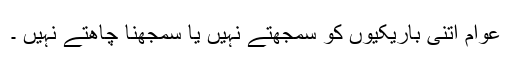
عوام اتنی باریکیوں کو سمجھتے نہیں یا سمجھنا چاھتے نہیں ۔